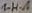
Text: 1-H-A